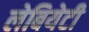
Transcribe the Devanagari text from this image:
लेबियेटी